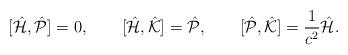
LaTeX: \begin{align*}[\hat {\cal H},\hat{\cal P}]=0,\qquad[\hat {\cal H},\hat{\cal K}]=\hat{\cal P},\qquad[\hat {\cal P},\hat{\cal K}]=\frac{1}{c^2}\hat{\cal H}.\end{align*}